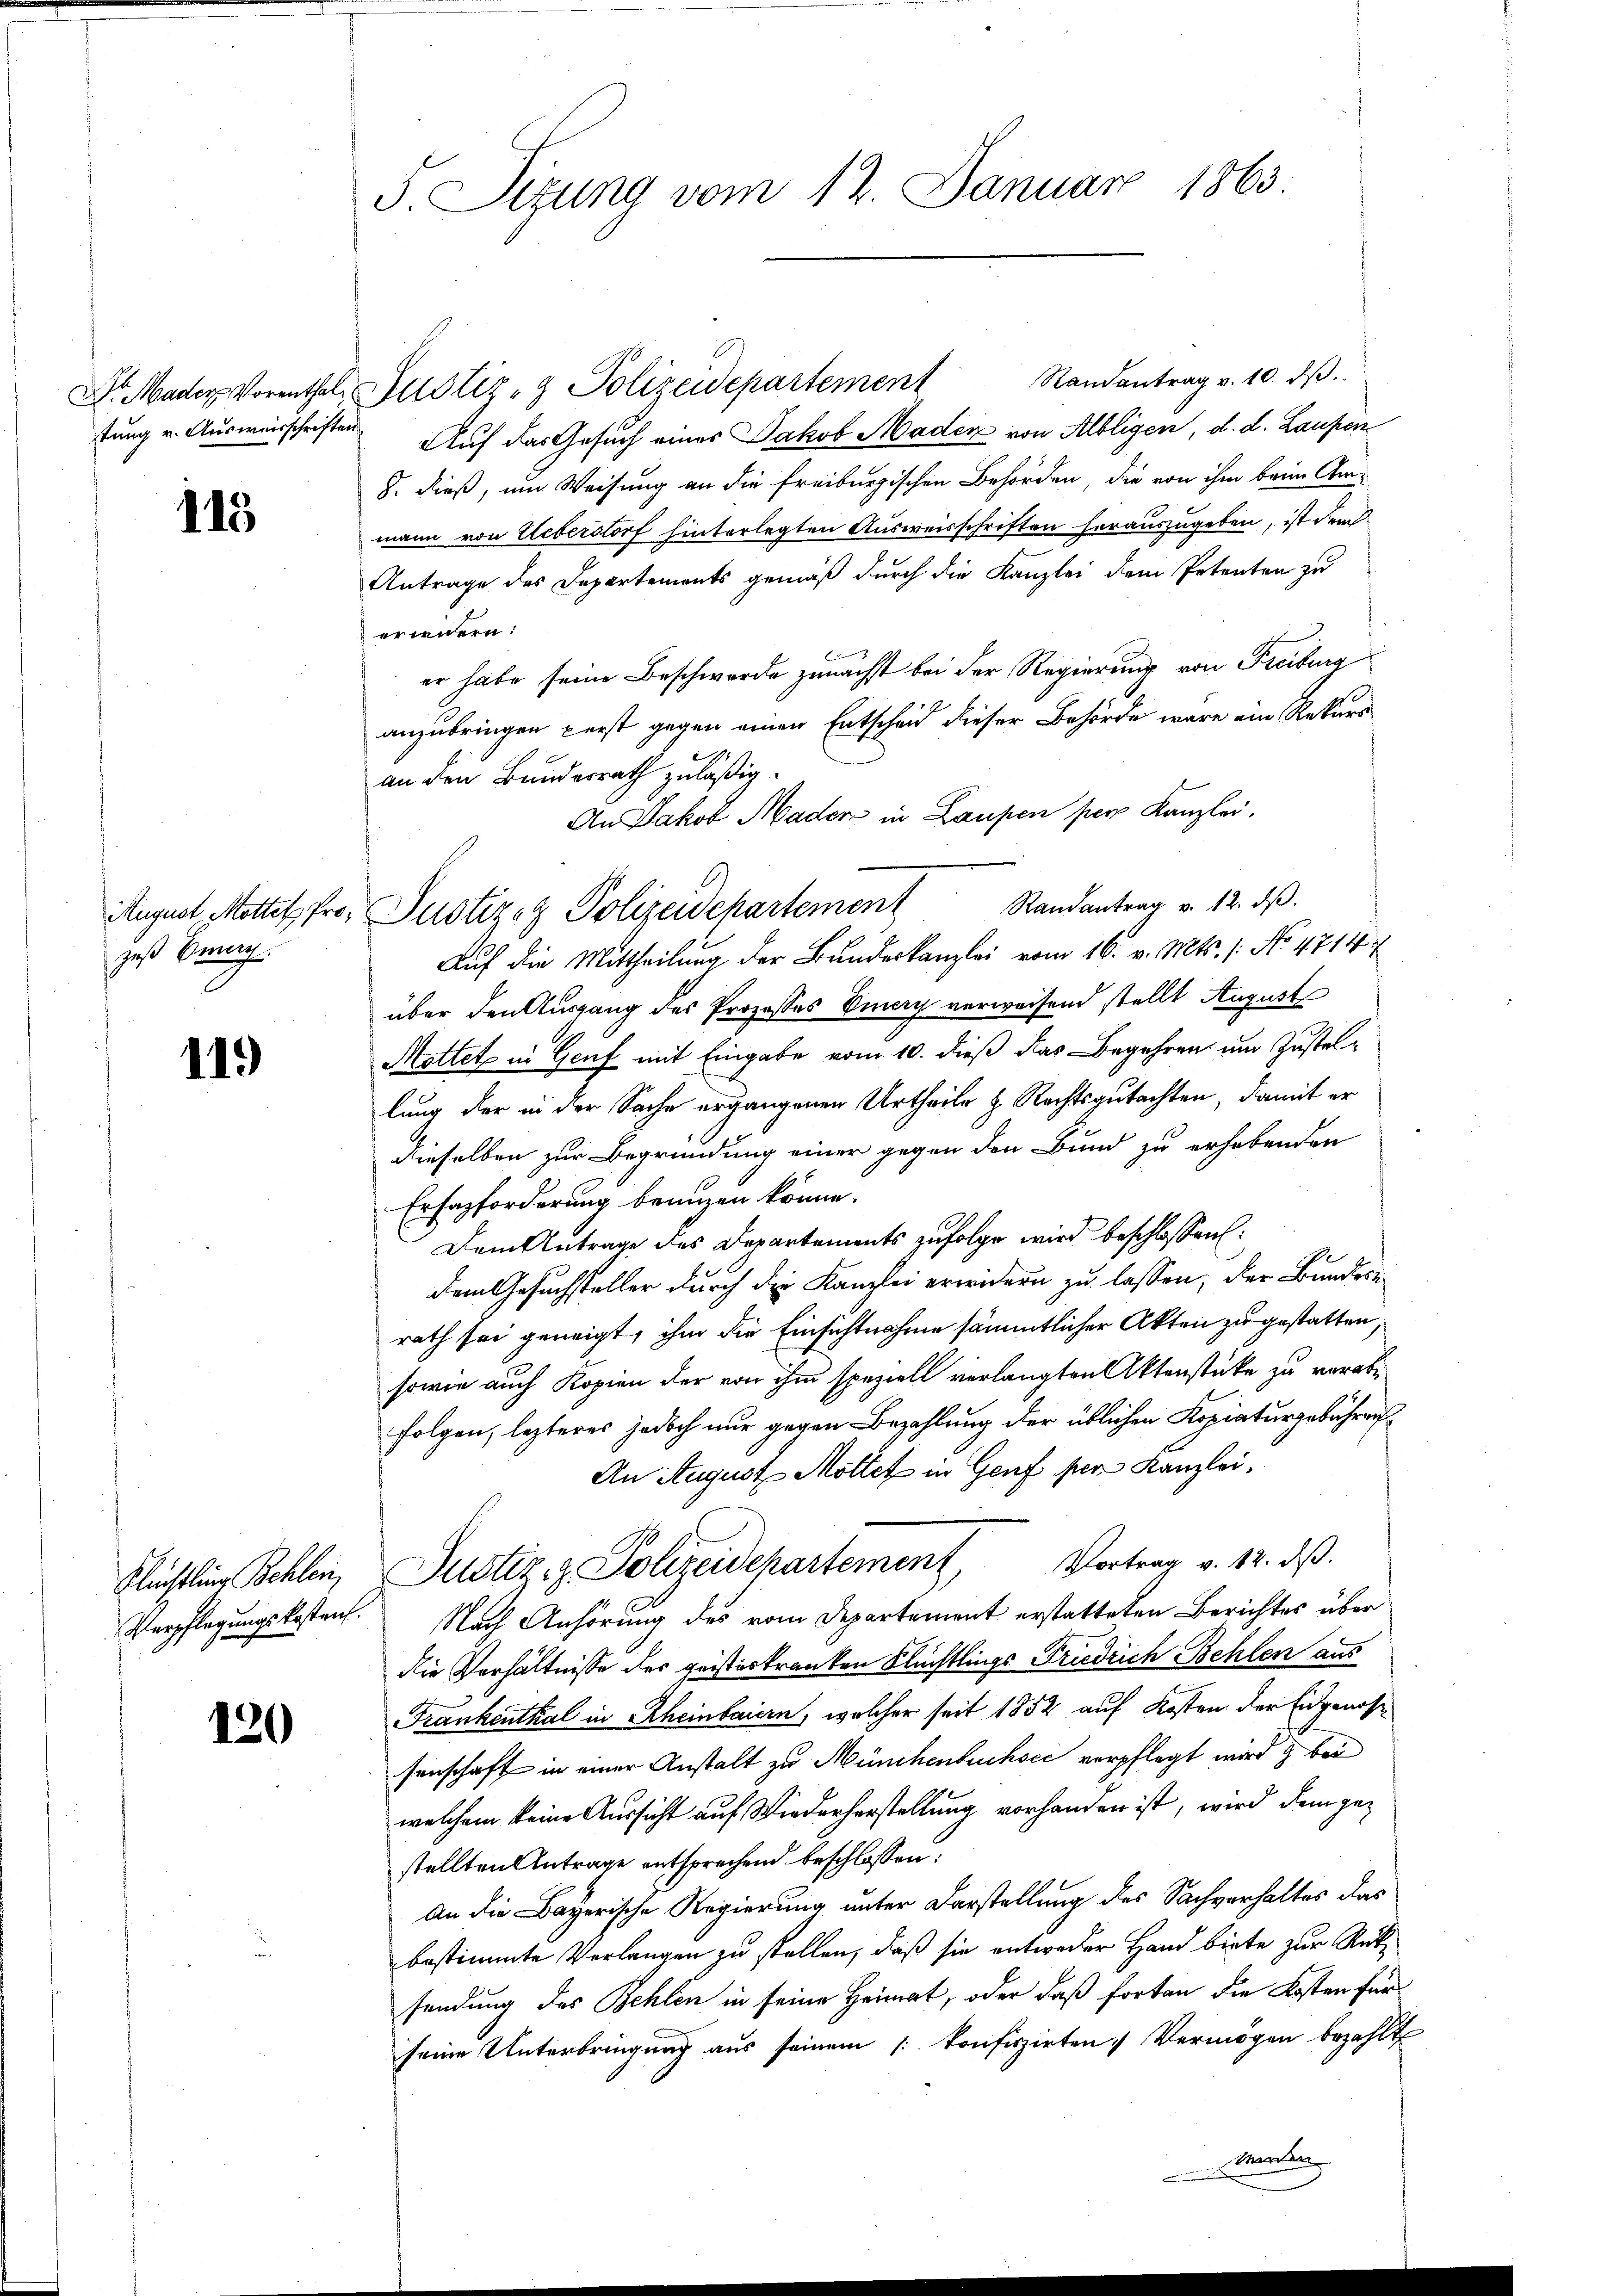
tung v. Ausweisschriften

113

zeß Eiern

11.)

Flüchtling Behlen

120

F. Sizung vom 12. Januar 1863.

Dr. Mader Vorenthal Justiz- & Polizeidepartement Randantrag v. 10. dβ.
Auf das Gesuch eines Jakob Mader von Albligen, d. d. Laufen
8. dieß, um Weisung an die Freiburgischen Behörden, die von ihm beim Ammann von Ueberstorf hinterlegten Ausweisschriften herauszugeben, ist dem
Antrage des Departements gemäß durch die Kanzlei dem Petenten zu
erwendern:
er habe seine Beschwerde zunächst bei der Regierung von Freiburg
anzubringen perst gegen einen Entscheid dieser Behörde wäre ein Rekursan den Bundesrath zuläßig.
An Jakob Mader in Laupen per Kanzlei.
August Mottet, fro, Justiz- & Polizeidepartement Randantrag v. 12. dβ.
Auf die Mittheilung der Bundeskanzlei vom 16. v. Mts. / No. 4714.
über den Ausgang des Prozesses Sinach verweisend stellt August
Mottet in Genf mit Eingabe vom 10. dieß das Begehren um Zustellung der in der Sache ergangenen Urtheile & Rechtsgutachten, damit er
dieselben zur Begründung einer gegen den Bund zu erhebenden
Erfazforderung benuzen könne.
Dem Antrage des Departements zufolge wird beschlossen:
d
dem Gesuchsteller durch die Kanzlei erwidern zu lassen, der Bundesrath sei geneigt, ihm die Einsichtnahme sämmtlicher Akten zu gestatten,
sowie auch Kopien der von ihm speziell verlangten Aktenstücke zu verabfolgen, lezteres jedoch nur gegen Bezahlung der üblichen Kopiaturgebühren
An August Mottet in Genf per Kanzlei¬
Justiz & Polizeidchartement, Vortrag v. 12. dβ.
Verpflegungskosten. Nach Anhörung des vom Departement erstatteten Berichtes überdie Verhältnisse des geisteskranken Flüchtlings Friedrich Behlen aus
Frankenthal in Rheinbaiern, welcher seit 1852 auf Kosten der Eidgenoss
senschaft in einer Anstalt zu Münchenbuchsci verpflegt wird & bei
welchem keine Aussicht auf Wiederherstellung vorhanden ist, wird dem gestellten Antrage entsprechend beschlossen:
An die Bayerische Regierung unter Darstellung des Sachverhaltes das
bestimmte Verlangen zu stellen, daß sie entweder Hand biete zur Rücksendung des Behlen in seine Heimat, oder daß forten die Kosten für
seine Unterbringung aus seinem /: konfiszirten Vermögen bezahlt
worden